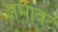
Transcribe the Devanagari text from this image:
अमावट